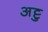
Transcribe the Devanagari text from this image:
अट्टु